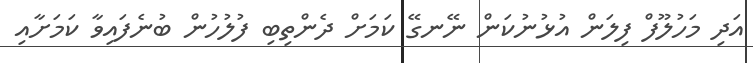
އަދި މަހުލޫފް ފިލަން އުޅުނުކަން ނޭނގޭ ކަމަށް ދެންތިބި ފުލުހުން ބުނެފައިވާ ކަމަށާއި